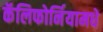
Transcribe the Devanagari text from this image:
कॅलिफोर्नियामधे